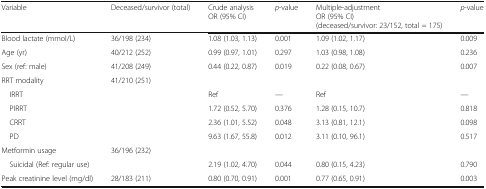
| Variable | Deceased/survivor (total) | Crude analysisOR (95% CI) | p-value | Multiple-adjustmentOR (95% CI)(deceased/survivor: 23/152, total = 175) | p-value |
 | --- | --- | --- | --- | --- | --- |
 | Blood lactate (mmol/L) | 36/198 (234) | 1.08 (1.03, 1.13) | 0.001 | 1.09 (1.02, 1.17) | 0.009 |
 | Age (yr) | 40/212 (252) | 0.99 (0.97, 1.01) | 0.297 | 1.03 (0.98, 1.08) | 0.236 |
 | Sex (ref: male) | 41/208 (249) | 0.44 (0.22, 0.87) | 0.019 | 0.22 (0.08, 0.67) | 0.007 |
 | RRT modality | 41/210 (251) |  |  |  |  |
 | IRRT |  | Ref | — | Ref | — |
 | PIRRT |  | 1.72 (0.52, 5.70) | 0.376 | 1.28 (0.15, 10.7) | 0.818 |
 | CRRT |  | 2.36 (1.01, 5.52) | 0.048 | 3.13 (0.81, 12.1) | 0.098 |
 | PD |  | 9.63 (1.67, 55.8) | 0.012 | 3.11 (0.10, 96.1) | 0.517 |
 | Metformin usage | 36/196 (232) |  |  |  |  |
 | Suicidal (Ref: regular use) |  | 2.19 (1.02, 4.70) | 0.044 | 0.80 (0.15, 4.23) | 0.790 |
 | Peak creatinine level (mg/dl) | 28/183 (211) | 0.80 (0.70, 0.91) | 0.001 | 0.77 (0.65, 0.91) | 0.003 |